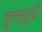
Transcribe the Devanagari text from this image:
गुणमुळे